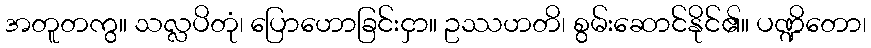
အတူတကွ။ သလ္လပိတုံ၊ ပြောဟောခြင်းငှာ။ ဥဿဟတိ၊ စွမ်းဆောင်နိုင်၏။ ပဏ္ဍိတော၊